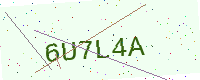
Text: 6U7L4A